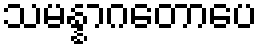
သမန္နာဂတောပေ